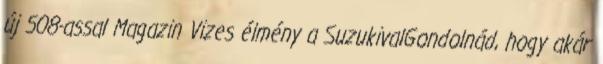
új 508-assal Magazin Vizes élmény a SuzukivalGondolnád, hogy akár